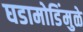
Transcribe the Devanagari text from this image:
घडामोडिंमुळे